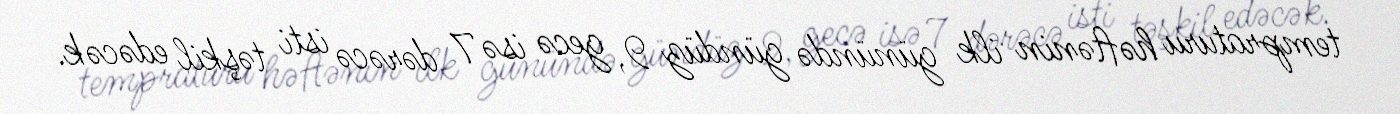
tempraturu həftənin ilk günündə gündüz 9, gecə isə 7 dərəcə isti təşkil edəcək.